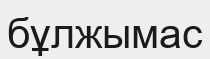
бұлжымас